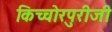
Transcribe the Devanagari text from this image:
किच्चोरपुरीजी